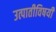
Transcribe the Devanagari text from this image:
उत्पातीविषयी